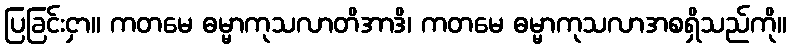
ပြခြင်းငှာ။ ကတမေ ဓမ္မာကုသလာတိအာဒိ၊ ကတမေ ဓမ္မာကုသလာအစရှိသည်ကို။